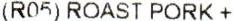
(R05) ROAST PORK +